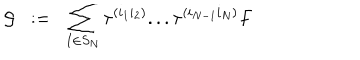
LaTeX: { \cal { G } } \; \; : = \; \; \sum _ { I \in S _ { N } } \tau ^ { ( i _ { 1 } i _ { 2 } ) } . . . \tau ^ { ( i _ { N - 1 } i _ { N } ) } F